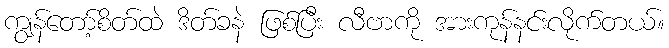
ကျွန်တော့်စိတ်ထဲ ဒိတ်ခနဲ ဖြစ်ပြီး လီဗာကို အားကုန်နင်းလိုက်တယ်။